Report on sanitation, dispensaries, and jails in Rajputana for 1915, and on vaccination for the year 1915-1916 - 1915-1916
Year: 1915
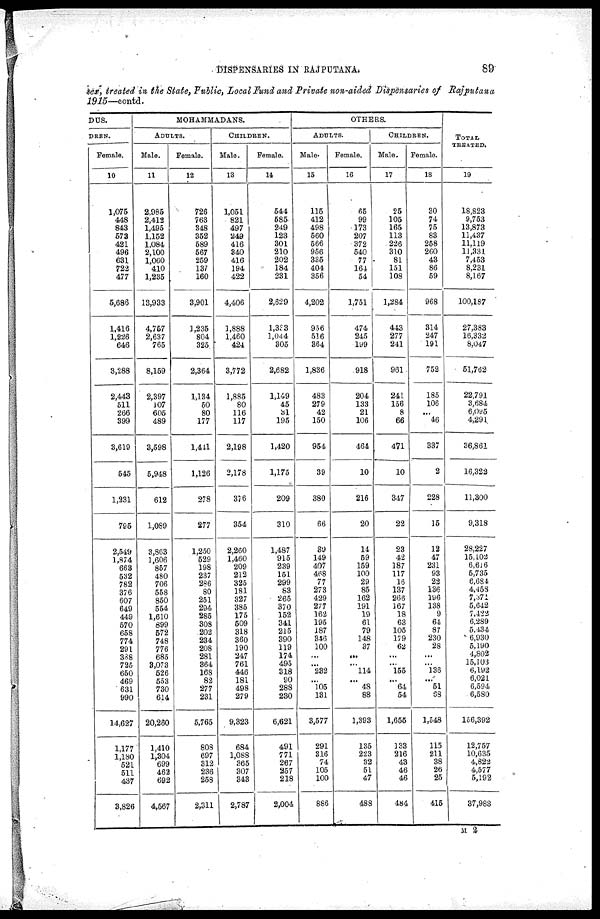
DISPENSARIES IN RAJPUTANA.
89
sex, treated in the State, Public, Local Fund and Private non-aided Dispensaries of Rajputana
1915—contd.
DUS.
DREN.
Female.
10
1,075
448
843
573
421
496
631
722
477
5,686
1,416
1,226
646
3,288
2,443
511
266
399
3,619
545
1,231
795
2,549
1,874
663
532
782
376
607
649
449
570
658
774
291
388
725
650
469
631
990
14,627
1,177
1,180
521
511
437
3,826
MOHAMMADANS.
ADULTS.
Male.
11
2,985
2,412
1,495
1,152
1,084
2,100
1,060
410
1,235
13,933
4,757
2,637
765
8,159
2,397
107
605
489
3,598
5,948
612
1,089
3,863
1,606
857
480
706
558
850
554
1,610
899
572
748
776
685
3,073
526
553
730
614
20,260
1,410
1,304
699
462
692
4,567
Female.
12
726
763
348
352
589
567
259
137
160
3,901
3,235
804
325
2,364
1,134
50
80
177
1,441
1,126
278
277
1,250
529
198
237
286
80
251
294
285
308
202
234
208
281
364
168
82
277
231
5,765
808
697
312
236
258
2,311
CHILDREN.
Male.
13
1,051
821
497
249
416
340
416
194
422
4,406
1,888
1,460
424
3,772
1,885
80
116
117
2,198
2,178
376
354
2,260
1,460
209
212
325
181
327
385
175
509
318
360
190
247
761
446
181
498
279
9,323
684
1,088
365
307
343
2,787
Female.
14
544
585
249
123
301
210
202
184
231
2,629
1,333
1,044
305
2,682
1,149
45
31
195
1,420
1,175
209
310
1,487
915
239
151
299
83
265
370
152
341
215
390
119
174
495
318
90
288
230
6,621
491
771
267
257
218
2,004
OTHERS.
ADULTS.
Male.
15
115
412
498
560
566
956
335
404
356
4,202
956
516
364
1,836
483
279
42
150
954
39
380
66
39
149
407
468
77
273
429
277
162
195
187
346
100
...
...
232
...
105
131
3,577
291
316
74
105
100
886
Female.
16
65
99
173
207
372
540
77
164
54
1,751
474
245
199
918
204
133
21
106
464
10
216
20
14
59
159
100
29
85
162
191
19
61
79
148
37
...
...
114
...
48
88
1,393
135
223
32
51
47
488
CHILDREN.
Male.
17
25
105
165
113
226
310
81
151
108
1,284
443
277
241
961
241
156
8
66
471
10
347
22
23
42
187
117
16
137
266
167
18
63
105
179
62
...
...
155
...
64
54
1,655
133
216
43
46
46
484
Female.
18
30
74
75
83
258
260
43
86
59
968
314
247
191
752
185
106
...
46
337
2
228
15
12
47
231
93
22
136
196
138
9
64
87
230
28
...
...
136
...
51
S8
1,548
115
211
38
26
25
415
TOTAL
TREATED.
19
18,823
9,753
13,873
11,437
11,119
11,331
7,453
8,231
8,167
100,187
27,383
16,332
8,047
51,762
22,791
3,684
6,095
4,291
36,861
16,322
11,300
9,318
28,227
15,102
6,616
5,735
6,684
4,458
7,371
5,642
7,422
6,289
5,434
6,930
5,190
4,802
15,103
6,192
6,021
6,594
6,580
156,392
12,757
10,635
4,822
4,577
5,192
37,983
M 2